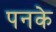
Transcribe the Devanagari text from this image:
पनके